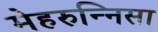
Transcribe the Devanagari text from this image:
मेहरुन्‍निसा